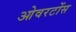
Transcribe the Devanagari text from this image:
ओवरटोंस